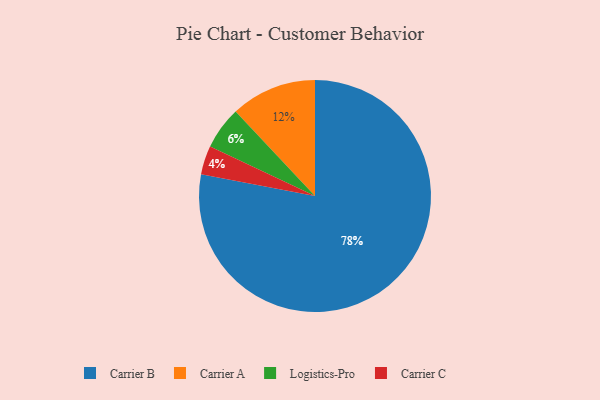
{"axis": {"x": "Category", "y": "Percentage"}, "legend": ["Carrier A", "Carrier B", "Carrier C", "Logistics-Pro"], "data": [{"x": "Carrier A", "y": 12, "type": "Carrier A"}, {"x": "Carrier C", "y": 4, "type": "Carrier C"}, {"x": "Logistics-Pro", "y": 6, "type": "Logistics-Pro"}, {"x": "Carrier B", "y": 78, "type": "Carrier B"}]}